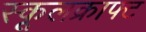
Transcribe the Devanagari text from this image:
स्कूलक्राफ्ट